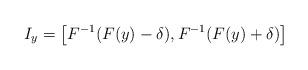
LaTeX: \begin{align*} I_y = \left[F^{-1}(F(y)-\delta),F^{-1}(F(y)+\delta)\right] \end{align*}